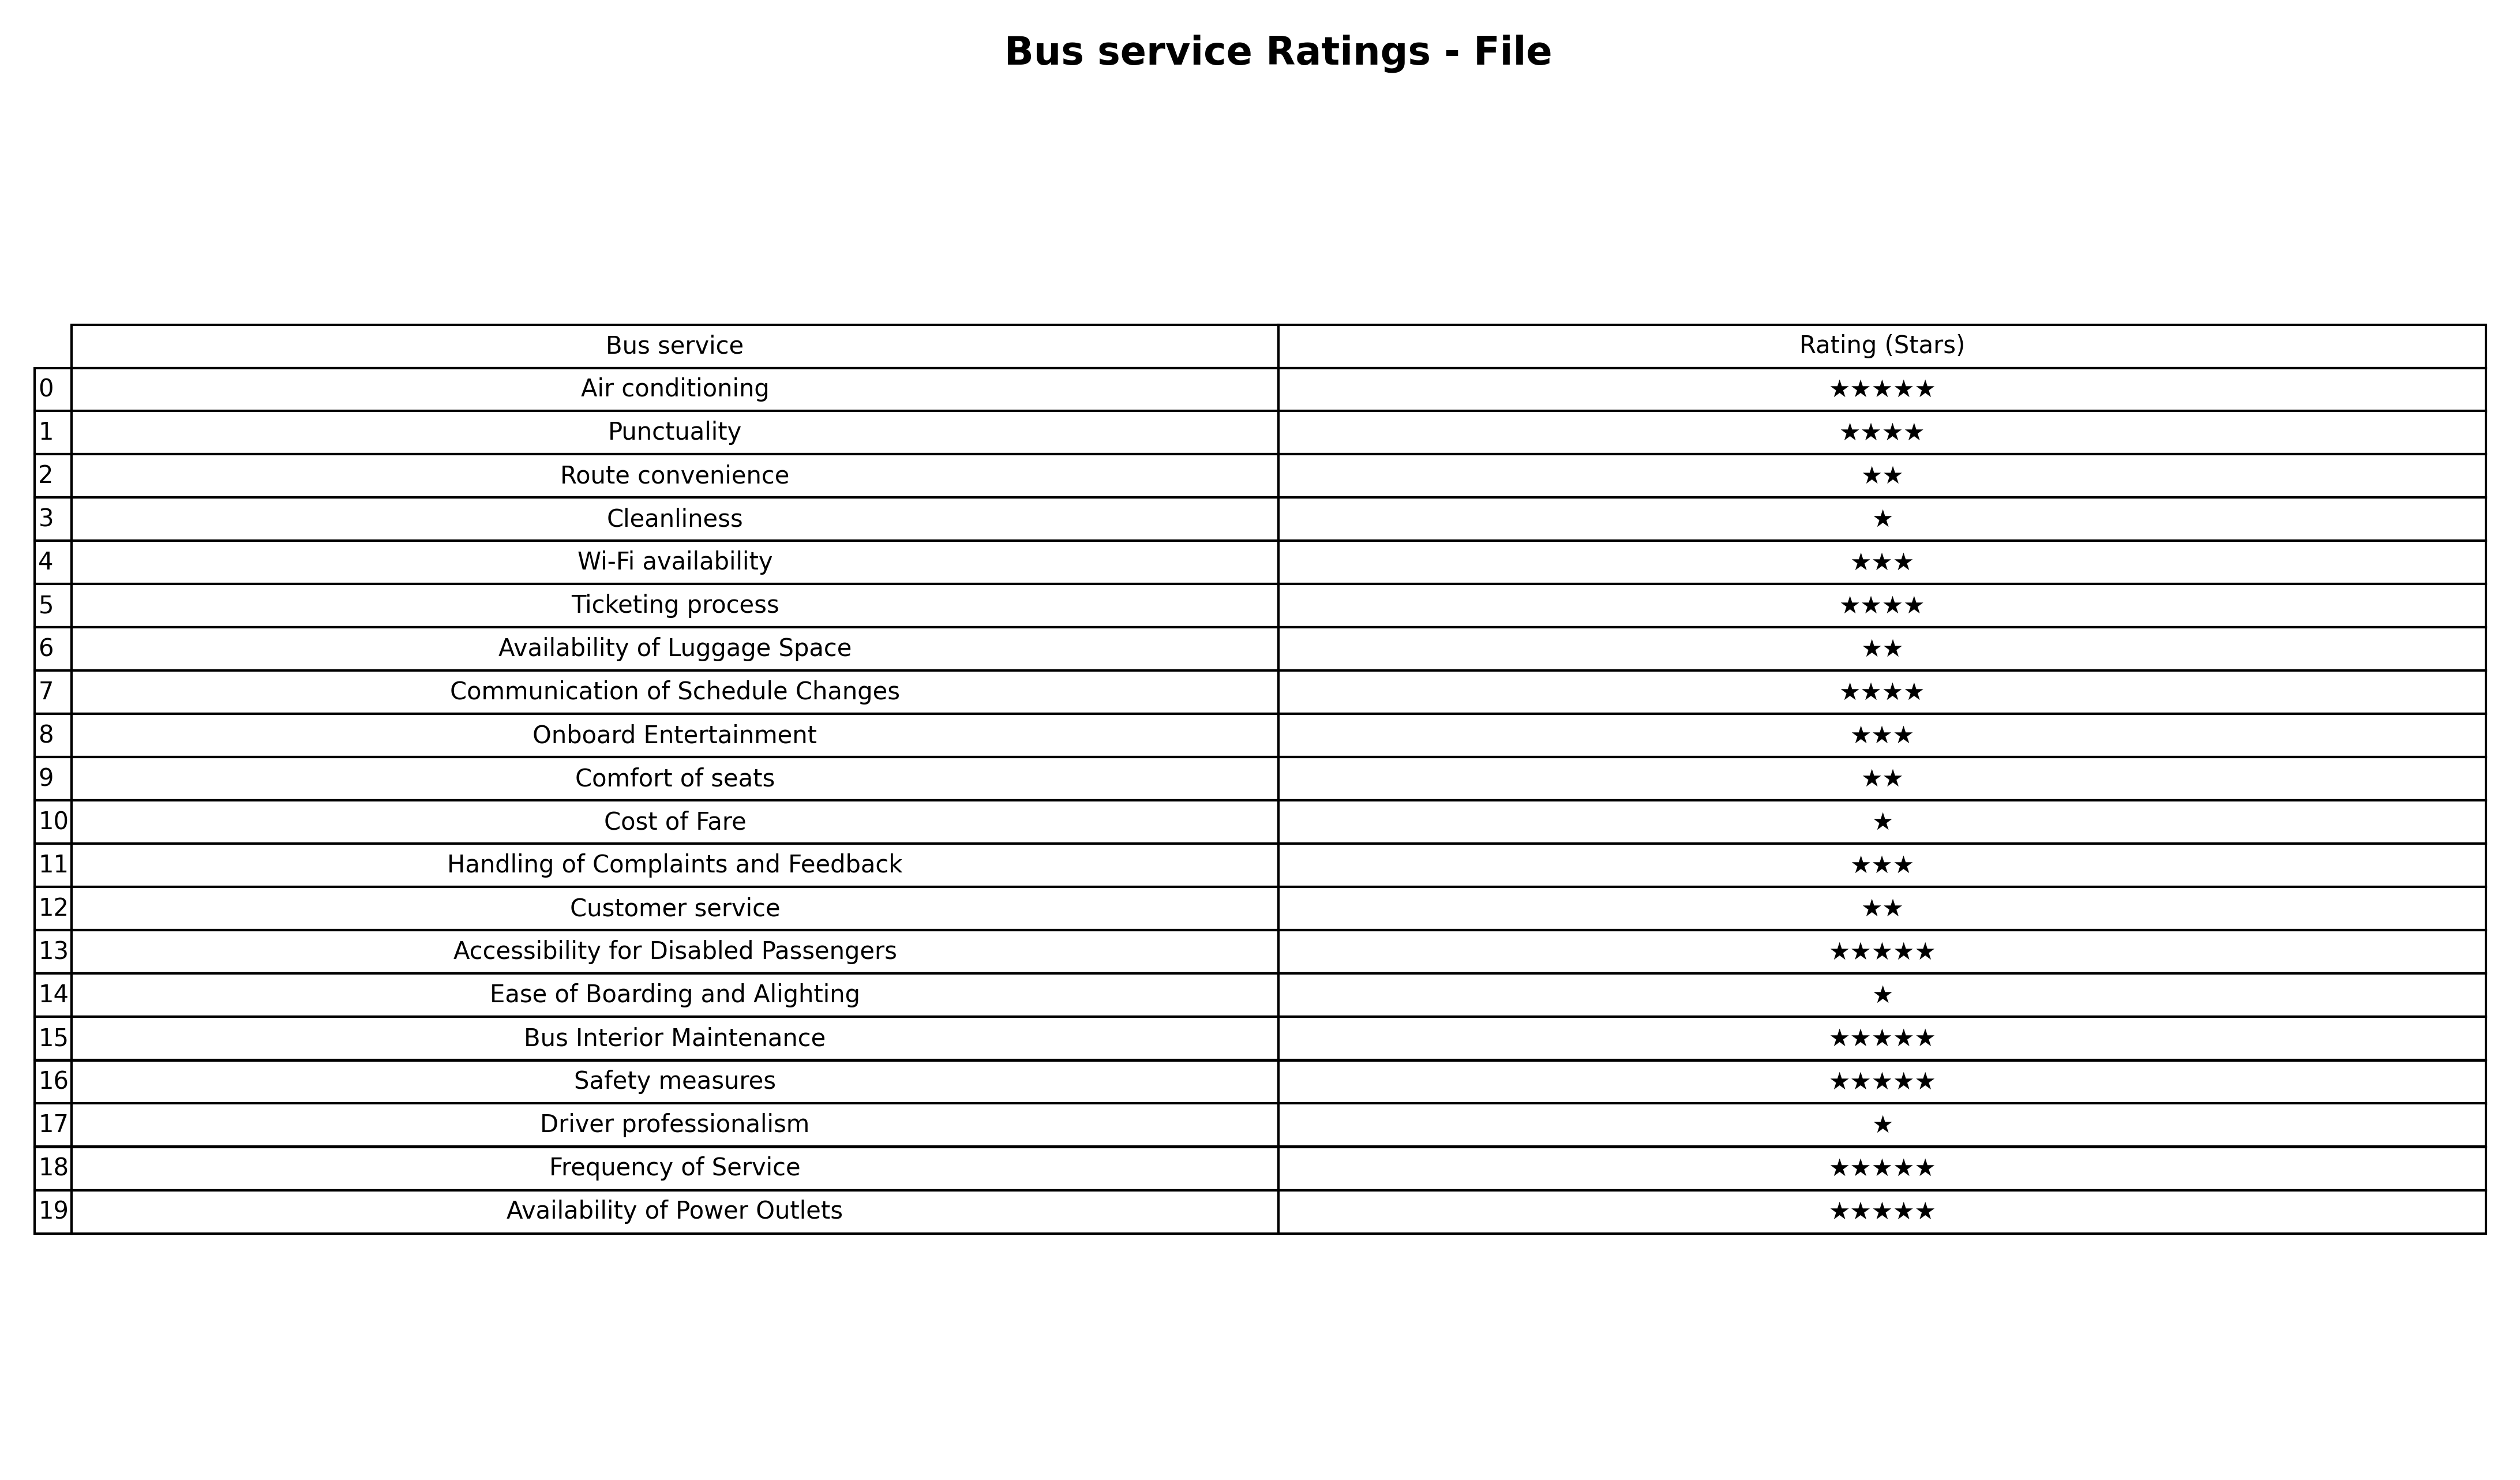
question: What is the rating of Frequency of Service?
answer: ★★★★★